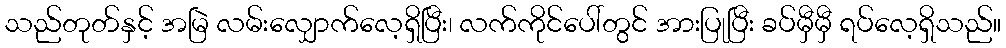
သည်တုတ်နှင့် အမြဲ လမ်းလျှောက်လေ့ရှိပြီး၊ လက်ကိုင်ပေါ်တွင် အားပြုပြီး ခပ်မှီမှီ ရပ်လေ့ရှိသည်။